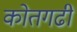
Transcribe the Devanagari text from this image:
कोतगढी